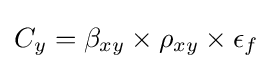
C_{y}=\beta _{xy}\times \rho _{xy}\times \epsilon _{f}